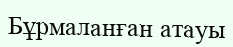
Бұрмаланған атауы